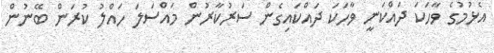
އެޅުމުގެ ވާހަކަ ދައްކަނީ ވާހަކަ ދައްކައިގެން ސަރުކާރުން މައްސަލަ ހައްލު ކުރަން ބޭނުން